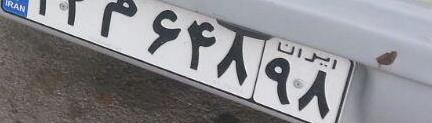
۳۲م۶۴۸۹۸